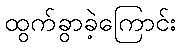
ထွက်ခွာခဲ့ကြောင်း